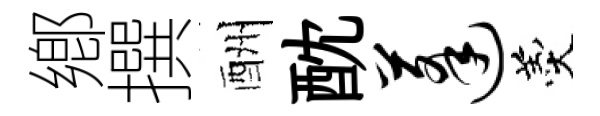
鄕撰酬酖蓬羹